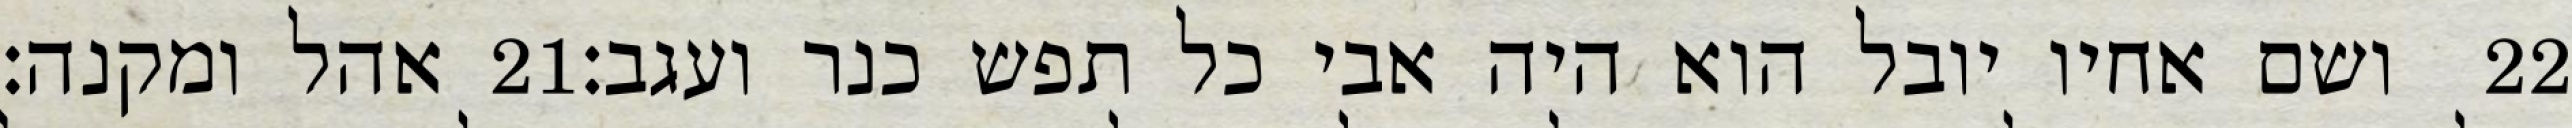
אהל ומקנה׃ ‎21‏ ושם אחיו יובל הוא היה אבי כל תפש כנר ועגב׃ ‎22‏